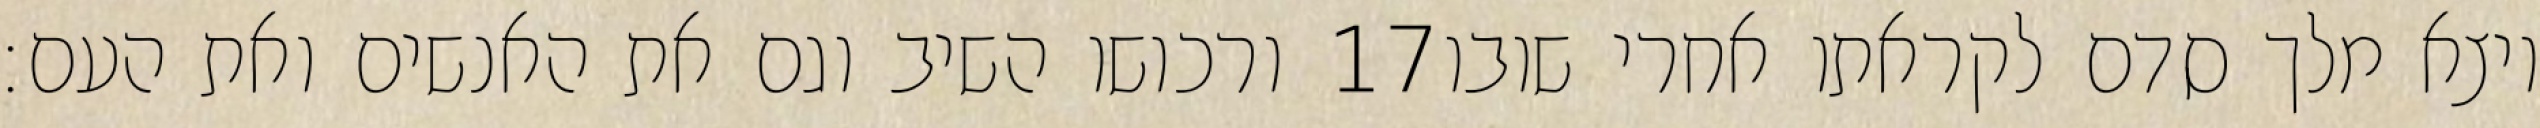
ורכושו השיב וגם את האנשים ואת העם׃ ‎17‏ ויצא מלך סדם לקראתו אחרי שובו